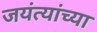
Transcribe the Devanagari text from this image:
जयंत्यांच्या